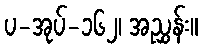
ပ-အုပ်-၁၆၂၊ အညွှန်း။